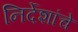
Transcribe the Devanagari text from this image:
निर्देशांचे